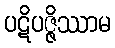
ပဋိပဇ္ဇိဿာမ